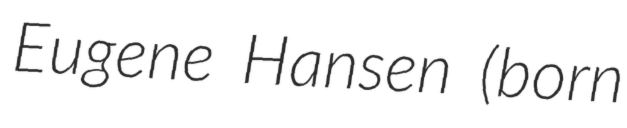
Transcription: Eugene Hansen (born